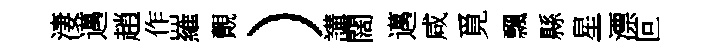
淒邁趙作羅覿）講闊邁咸覓飄縣星漂叵